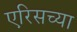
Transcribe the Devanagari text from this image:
एरिसच्या